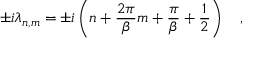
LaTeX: \pm i \lambda _ { n , m } = \pm i \left( n + { \frac { 2 \pi } { \beta } } m + { \frac { \pi } { \beta } } + { \frac { 1 } { 2 } } \right) ~ ~ ~ ,